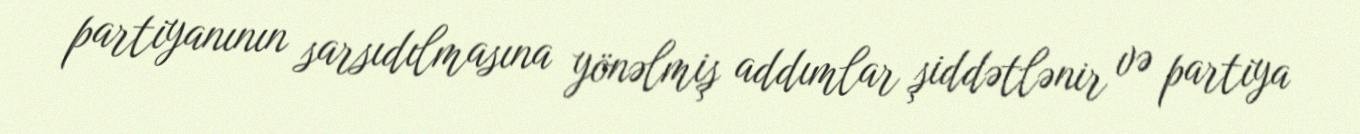
partiyanının sarsıdılmasına yönəlmiş addımlar şiddətlənir və partiya